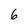
Character: 6